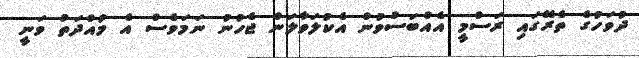
ދުވަހުގެ ތެރޭގައި ރަސްމީ އެއްބަސްވުން އެކުލަވާލަން ޖެހުނު ނަމަވެސް އެ މުއްދަތު ވަނީ